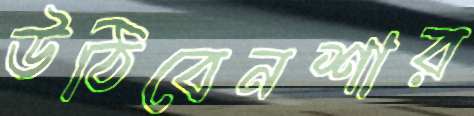
উঠিবেনশার